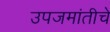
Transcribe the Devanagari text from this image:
उपजमांतीचे